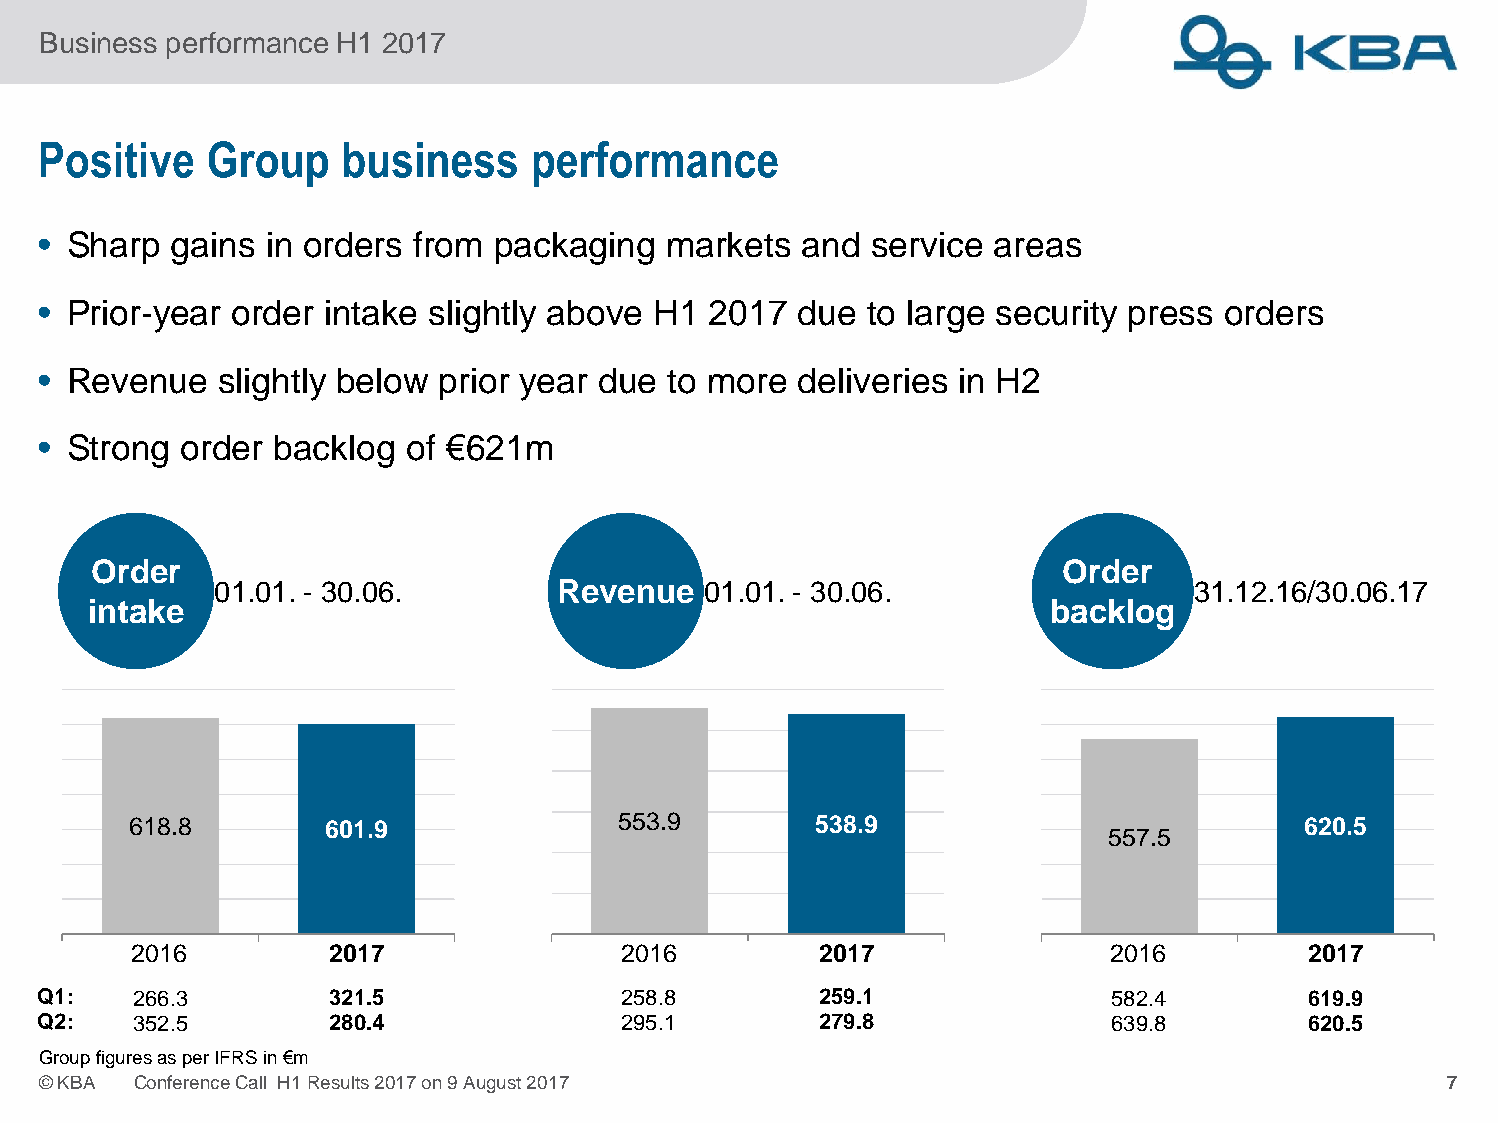
Business performance H1 2017
 Positive   Group    business     performance
 • Sharp  gains in orders from packaging   markets  and service areas
 • Prior-year order intake slightly above H1 2017  due  to large security press orders
 • Revenue   slightly below prior year due to more deliveries in H2
 • Strong  order backlog of €621m
 OOrrddeerr                                                      OOrrddeerr
 01.01. - 30.06.       RReevveennuuee 01.01. - 30.06.             31.12.16/30.06.17
 iinnttaakkee                                                    bbaacckklloogg
 618.8        601.9              553.9        538.9                            620.5
 557.5
 2016         2017                2016         2017               2016         2017
 Q1:   266.3        321.5               258.8        259.1              582.4        619.9
 Q2:   352.5        280.4               295.1        279.8              639.8        620.5
 GroupfiguresasperIFRSin€m
 ©KBA  ConferenceCall H1Results2017on9August2017                                              7